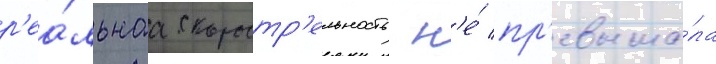
р'еа́льнаа скоростр'ельность н'е́ пр'евыша́ла